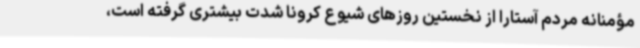
مؤمنانه مردم آستارا از نخستین روزهای شیوع کرونا شدت بیشتری گرفته است،